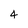
Character: 4